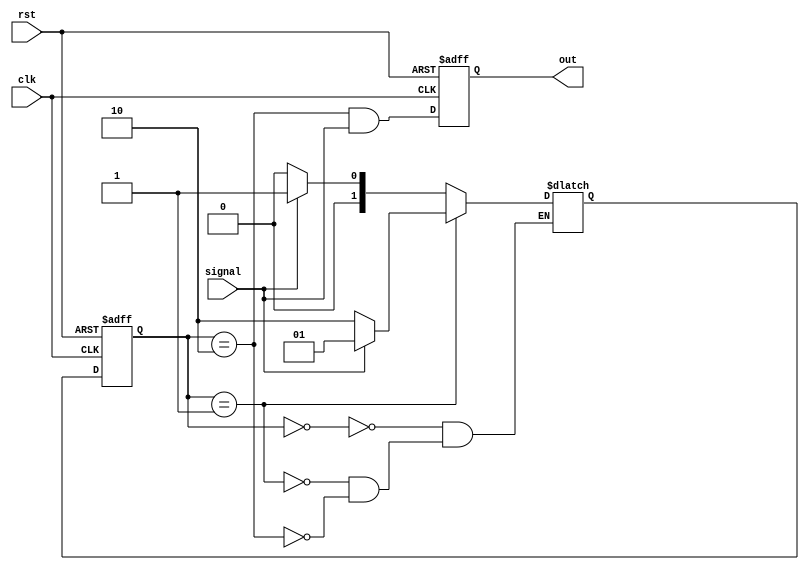
module sd_101(clk,rst,signal,out);
  
  input clk,rst,signal;
  output reg out;
  
  parameter s0=2'b00,s1=2'b01,s2=2'b10;
  
  reg[1:0] ps,ns;
  
  always@(posedge clk or negedge rst)
    if(!rst)
      ps<=s0;
  	else 
      ps<=ns;
  
  always@(ps,signal)
    begin
      case(ps)
        s0:ns<=(signal==1)?s1:s0;
        s1:ns<=(signal==0)?s2:s1;
        s2:ns<=(signal==1)?s1:s0;
      endcase
    end
  
  always@(posedge clk,negedge rst)
     if (!rst)
       out <= 0;
      else
        out<= (ps == s2) && signal;
  
endmodule